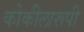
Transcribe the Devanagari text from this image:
कोकीलारूपी